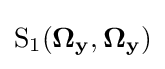
{\text{S}}_{1}(\mathbf {\Omega _{y}} ,\mathbf {\Omega _{y}} )